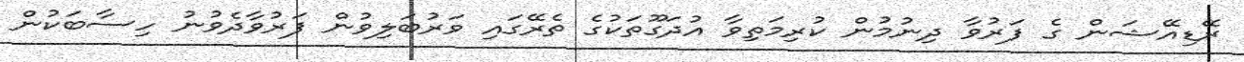
ރޭޑިއޭޝަން ގެ ފަރުވާ ދިނުމުން ކުރިމަތިވާ އުދަގޫތަކުގެ ތެރޭގައި ވަރުބަލިވުން ފަރުވާދެވުނު ހިސާބަކުން